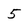
Character: 5